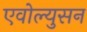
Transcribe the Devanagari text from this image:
एवोल्युसन